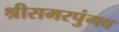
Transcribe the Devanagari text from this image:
श्रीसमरपुंगव